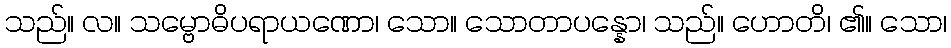
သည်။ လ။ သမ္ဗောဓိပရာယဏော၊ သော။ သောတာပန္နော၊ သည်။ ဟောတိ၊ ၏။ သော၊